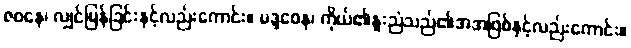
ဇဝနေ၊ လျှင်မြန်ခြင်းနှင့်လည်းကောင်း။ မဒ္ဒဝေန၊ ကိုယ်၏နူးညံသည်၏အအဖြစ်နှင့်လည်းကောင်း။